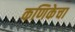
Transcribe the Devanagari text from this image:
कणिकेचा